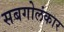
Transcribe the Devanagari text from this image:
सबगोलंकार